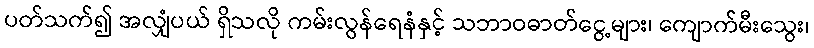
ပတ်သက်၍ အလျှံပယ် ရှိသလို ကမ်းလွန်ရေနံနှင့် သဘာဝဓာတ်ငွေ့များ၊ ကျောက်မီးသွေး၊